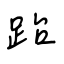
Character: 跆